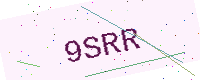
Text: 9SRR